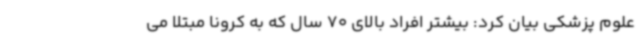
علوم پزشکی بیان کرد: بیشتر افراد بالای 70 سال که به کرونا مبتلا می